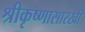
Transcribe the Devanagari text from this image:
श्रीकृष्णासारखी